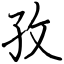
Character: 孜